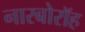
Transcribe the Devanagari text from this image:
नारबोरॉह